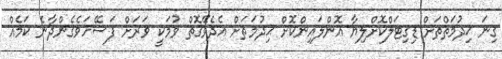
ގިނަ ޚިދުމަތްތަށް ޑިގިޓަލްކޮށްލިޔާ އޮންލައިންކޮށް ޙިދުމަތަށް އެދެވޭގޮތް ވުމަކީ ވަރަށް ފަސޭހަވެގެންދާނެ ކަމެއް